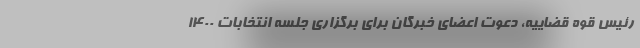
رئیس قوه قضاییه، دعوت اعضای خبرگان برای برگزاری جلسه انتخابات ۱۴۰۰